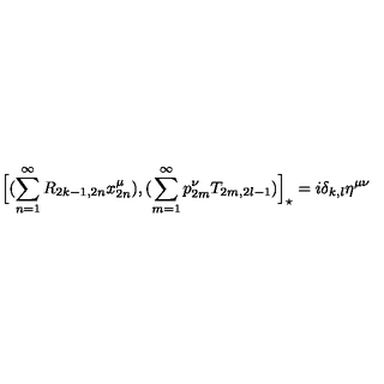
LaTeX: \Big [ ( \sum _ { n = 1 } ^ { \infty } R _ { 2 k - 1 , 2 n } x _ { 2 n } ^ { \mu } ) , ( \sum _ { m = 1 } ^ { \infty } p _ { 2 m } ^ { \nu } T _ { 2 m , 2 l - 1 } ) \Big ] _ { \star } = i \delta _ { k , l } \eta ^ { \mu \nu }